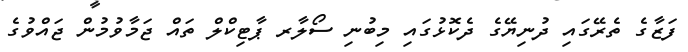
ފަޒާގެ ތެރޭގައި ދުނިޔޭގެ ދެކޮޅުގައި މިބުނި ސޯލާރ ޕާޓިކްލް ތައް ޖަމާވުމުން ޖައްވުގެ